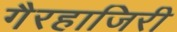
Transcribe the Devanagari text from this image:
गैरहाजिरी